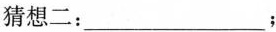
猜想二：___；